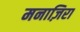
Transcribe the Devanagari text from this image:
मनाज़िरा